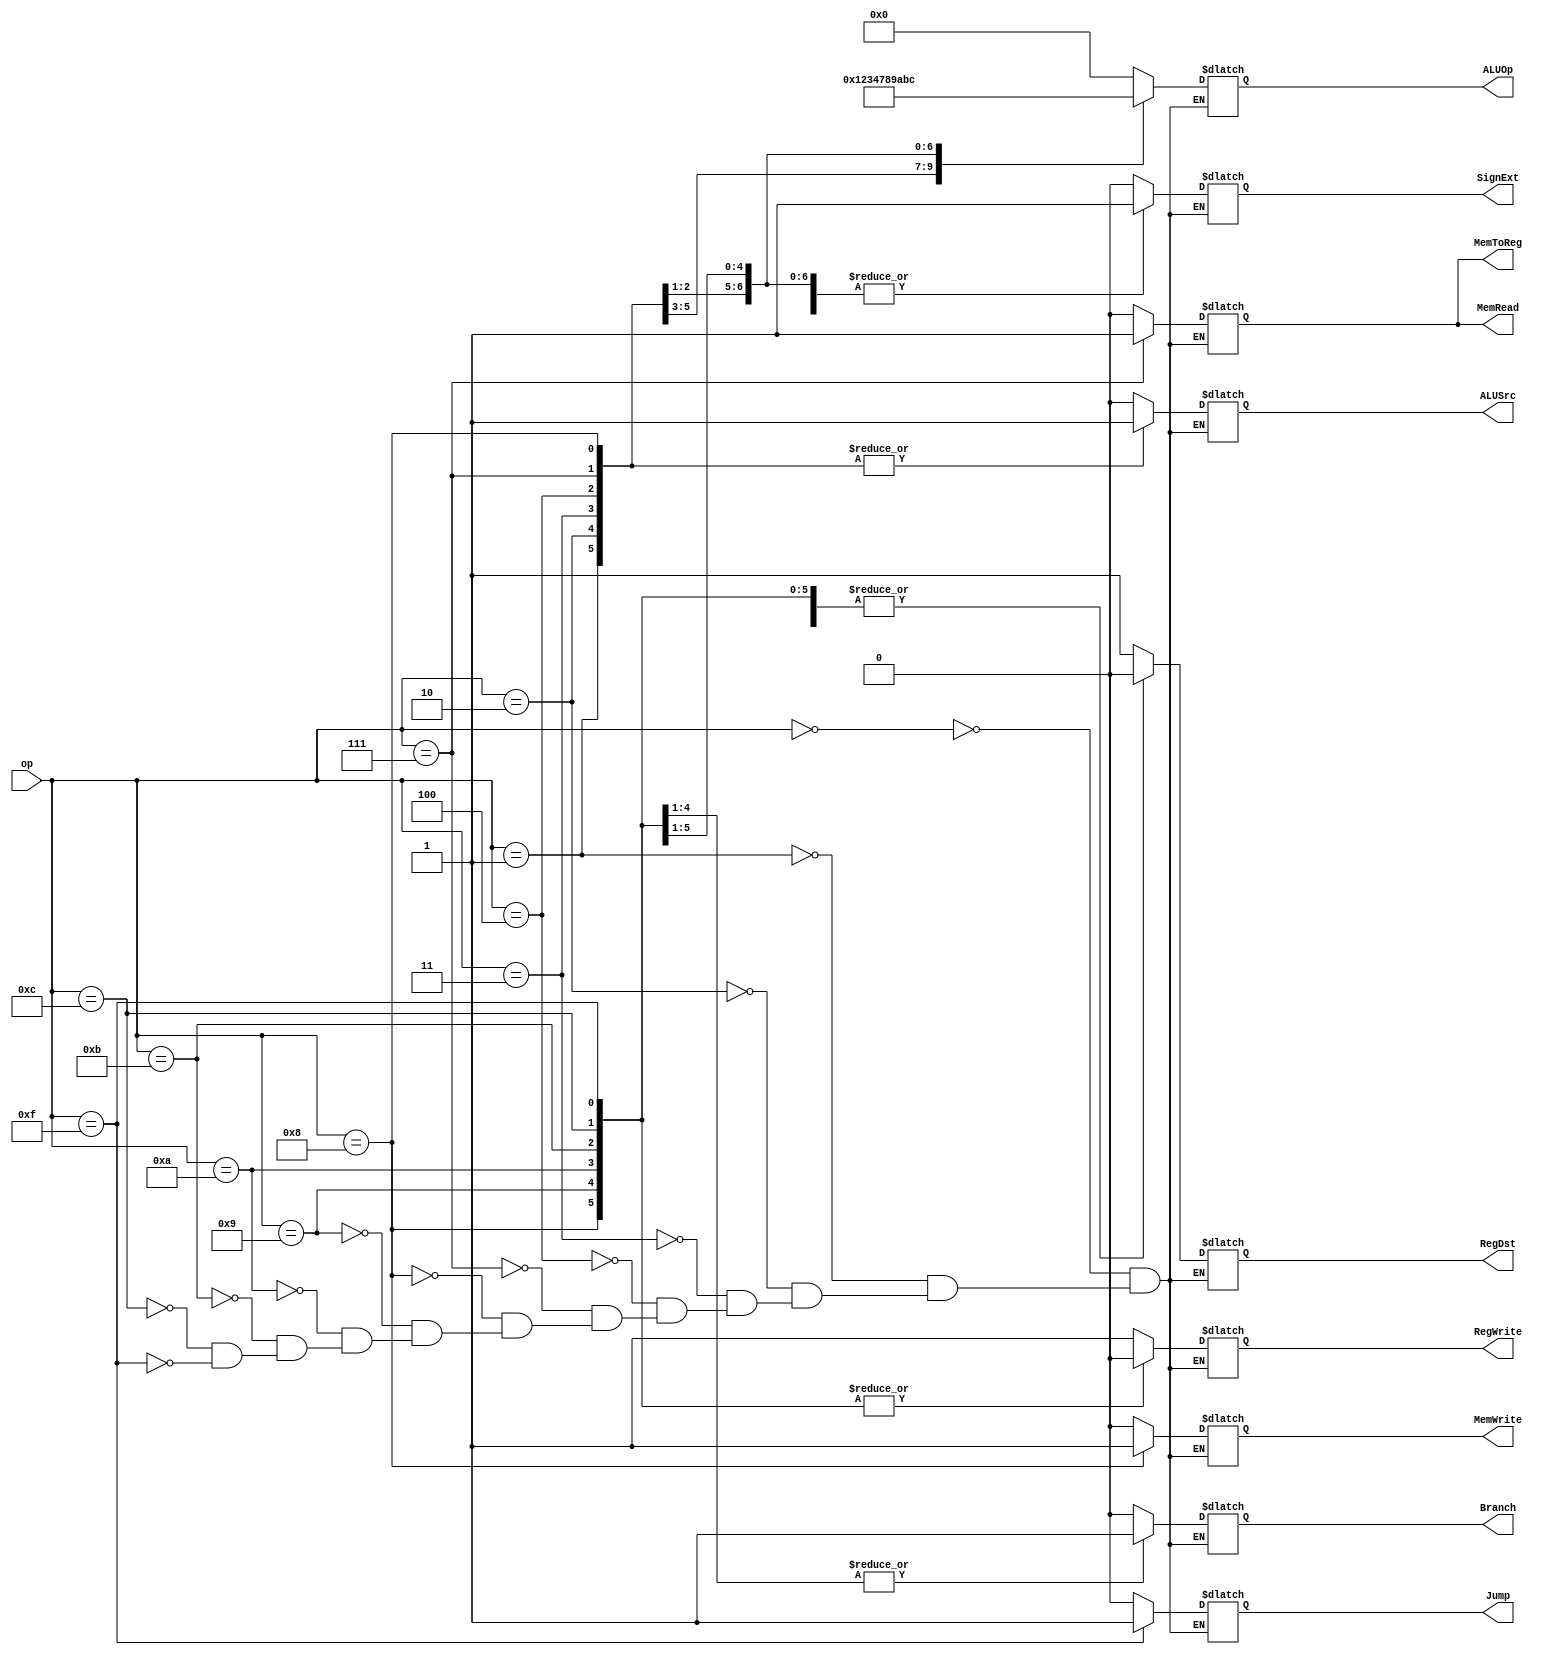
//control unit
module controlUnit
	(
		input [3:0] op,
		output reg RegDst, Jump, Branch, MemRead, MemToReg,
		MemWrite, ALUSrc, RegWrite, SignExt,
		output reg [3:0] ALUOp 
	);

	initial begin
		RegDst = 1'b0;
		Jump = 1'b0;
		Branch = 1'b0;
		MemRead = 1'b0;
		MemToReg = 1'b0;
		ALUOp = 4'b0000;
		MemWrite = 1'b0;
		ALUSrc = 1'b0;
		RegWrite = 1'b0;
		SignExt = 1'b0;
	end


	always @(op) begin
		case (op)
			4'b0000: begin // R-Type
				RegDst = 1'b1;
				Jump = 1'b0;
				Branch = 1'b0;
				MemRead = 1'b0;
				MemToReg = 1'b0;
				ALUOp = 4'b0000;
				MemWrite = 1'b0;
				ALUSrc = 1'b0;
				RegWrite = 1'b1;
				SignExt = 1'b0;
			end

			4'b0001: begin // addi
				RegDst = 1'b0;
				Jump = 1'b0;
				Branch = 1'b0;
				MemRead = 1'b0;
				MemToReg = 1'b0;
				ALUOp = 4'b0001;
				MemWrite = 1'b0;
				ALUSrc = 1'b1;
				RegWrite = 1'b1;
				SignExt = 1'b1;
			end


			4'b0010: begin // andi
				RegDst = 1'b0;
				Jump = 1'b0;
				Branch = 1'b0;
				MemRead = 1'b0;
				MemToReg = 1'b0;
				ALUOp = 4'b0010;
				MemWrite = 1'b0;
				ALUSrc = 1'b1;
				RegWrite = 1'b1;
				SignExt = 1'b0;
			end


			4'b0011: begin // ori
				RegDst = 1'b0;
				Jump = 1'b0;
				Branch = 1'b0;
				MemRead = 1'b0;
				MemToReg = 1'b0;
				ALUOp = 4'b0011;
				MemWrite = 1'b0;
				ALUSrc = 1'b1;
				RegWrite = 1'b1;
				SignExt = 1'b0;
			end


			4'b0100: begin // subi
				RegDst = 1'b0;
				Jump = 1'b0;
				Branch = 1'b0;
				MemRead = 1'b0;
				MemToReg = 1'b0;
				ALUOp = 4'b0100;
				MemWrite = 1'b0;
				ALUSrc = 1'b1;
				RegWrite = 1'b1;
				SignExt = 1'b1;
			end


			4'b0111: begin // lhw
				RegDst = 1'b0;
				Jump = 1'b0;
				Branch = 1'b0;
				MemRead = 1'b1;
				MemToReg = 1'b1;
				ALUOp = 4'b0111;
				MemWrite = 1'b0;
				ALUSrc = 1'b1;
				RegWrite = 1'b1;
				SignExt = 1'b1;
			end


			4'b1000: begin // shw
				RegDst = 1'b0;
				Jump = 1'b0;
				Branch = 1'b0;
				MemRead = 1'b0;
				MemToReg = 1'b0;
				ALUOp = 4'b1000;
				MemWrite = 1'b1;
				ALUSrc = 1'b1;
				RegWrite = 1'b0;
				SignExt = 1'b1;
			end


			4'b1001: begin // beq
				RegDst = 1'b0;
				Jump = 1'b0;
				Branch = 1'b1;
				MemRead = 1'b0;
				MemToReg = 1'b0;
				ALUOp = 4'b1001;
				MemWrite = 1'b0;
				ALUSrc = 1'b0;
				RegWrite = 1'b0;
				SignExt = 1'b1;
			end


			4'b1010: begin // bne
				RegDst = 1'b0;
				Jump = 1'b0;
				Branch = 1'b1;
				MemRead = 1'b0;
				MemToReg = 1'b0;
				ALUOp = 4'b1010;
				MemWrite = 1'b0;
				ALUSrc = 1'b0;
				RegWrite = 1'b0;
				SignExt = 1'b1;
			end


			4'b1011: begin // blt
				RegDst = 1'b0;
				Jump = 1'b0;
				Branch = 1'b1;
				MemRead = 1'b0;
				MemToReg = 1'b0;
				ALUOp = 4'b1011;
				MemWrite = 1'b0;
				ALUSrc = 1'b0;
				RegWrite = 1'b0;
				SignExt = 1'b1;
			end


			4'b1100: begin // bgt
				RegDst = 1'b0;
				Jump = 1'b0;
				Branch = 1'b1;
				MemRead = 1'b0;
				MemToReg = 1'b0;
				ALUOp = 4'b1100;
				MemWrite = 1'b0;
				ALUSrc = 1'b0;
				RegWrite = 1'b0;
				SignExt = 1'b1;
			end


			4'b1111: begin // jmp
				RegDst = 1'b0;
				Jump = 1'b1;
				Branch = 1'b0;
				MemRead = 1'b0;
				MemToReg = 1'b0;
				ALUOp = 4'b0000;
				MemWrite = 1'b0;
				ALUSrc = 1'b0;
				RegWrite = 1'b0;
				SignExt = 1'b0;
			end
		endcase

	end


endmodule